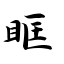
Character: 眶